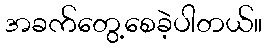
အခက်တွေ့စေခဲ့ပါတယ်။